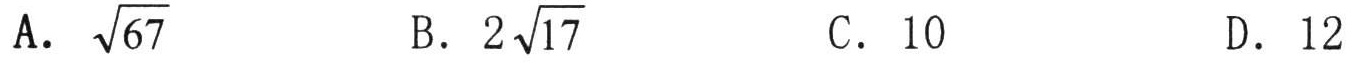
A. \(\sqrt{67}\)  B. \(2\sqrt{17}\)  C. \(10\)  D. \(12\)